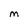
Character: M